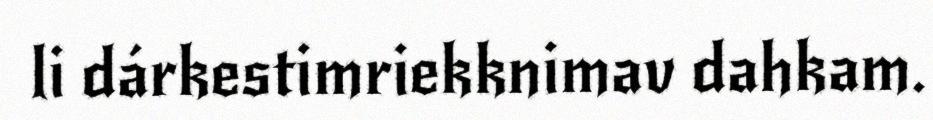
li dárkestimriekknimav dahkam.